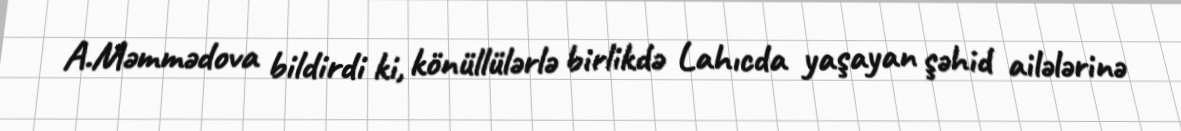
A.Məmmədova bildirdi ki, könüllülərlə birlikdə Lahıcda yaşayan şəhid ailələrinə